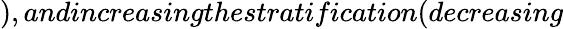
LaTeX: ),andincreasingthestratification(decreasing